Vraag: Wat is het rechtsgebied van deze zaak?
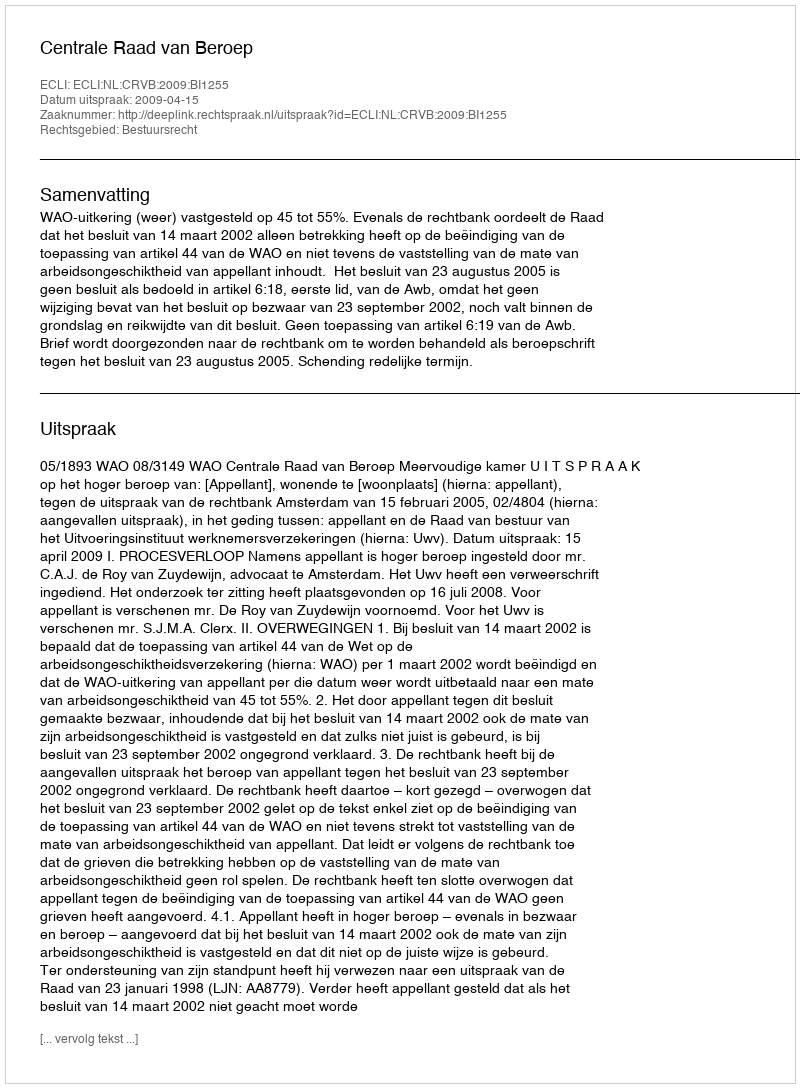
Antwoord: Bestuursrecht